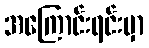
အကြောင်းရင်းမှာ